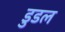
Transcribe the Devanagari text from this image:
डुडल